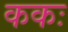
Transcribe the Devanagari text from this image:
ककः